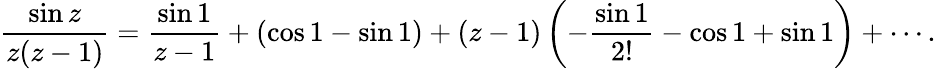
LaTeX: {\frac{\sin z}{z(z-1)}}={\frac{\sin 1}{z-1}}+(\cos 1-\sin 1)+(z-1)\left(-{\frac{\sin 1}{2!}}-\cos 1+\sin 1\right)+\cdots.